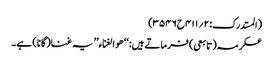
(المستدرک:۲؍۴۱۱ح۳۵۴۶)
عکرمہ(تابعی) فرماتے ہیں:‘‘ ھو الغناء’’ یہ غنا(گانا) ہے۔